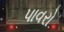
પાવરો